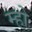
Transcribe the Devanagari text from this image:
म्हो